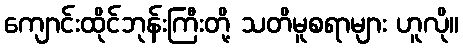
ကျောင်းထိုင်ဘုန်းကြီးတို့ သတိမူစရာများ ဟူလို။